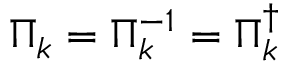
\Pi _ { k } = \Pi _ { k } ^ { - 1 } = \Pi _ { k } ^ { \dagger }